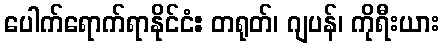
ပေါက်ရောက်ရာနိုင်ငံ: တရုတ်၊ ဂျပန်၊ ကိုရီးယား